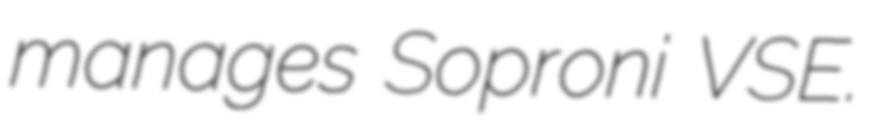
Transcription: manages Soproni VSE.